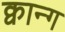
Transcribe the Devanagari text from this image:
क्वान्ग